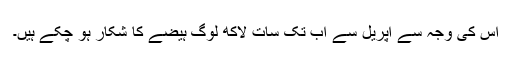
اس کی وجہ سے اپریل سے اب تک سات لاکھ لوگ ہیضے کا شکار ہو چکے ہیں۔